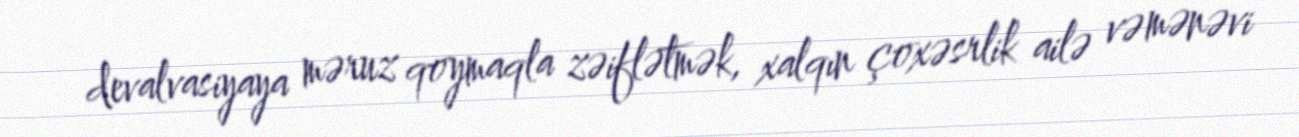
devalvasiyaya məruz qoymaqla zəiflətmək, xalqın çoxəsrlik ailə və mənəvi